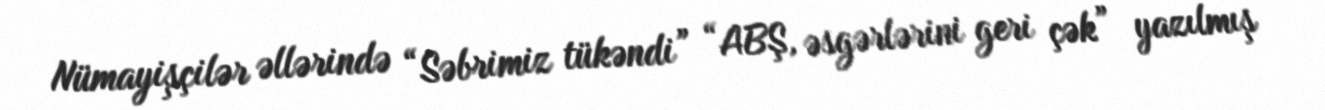
Nümayişçilər əllərində “Səbrimiz tükəndi” “ABŞ, əsgərlərini geri çək” yazılmış